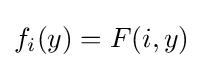
{\textstyle f_{i}(y)=F(i,y)}